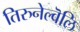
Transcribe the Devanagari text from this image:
तिरुनेल्वॆलि